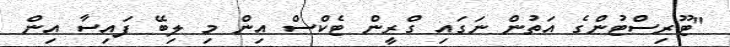
"ޓޫރިސްޓުންގެ އަތުން ނަގައި ގްރީން ޓެކްސް އިން މި ލިބޭ ފައިސާ އިން